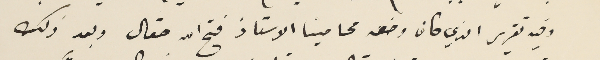
وفيه تقرير الذي كان وضعه محامينا الاستاذ فتح الله صقال وبعد ذلك